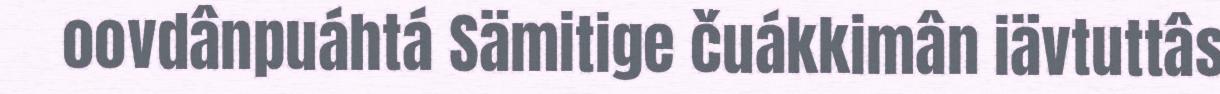
oovdânpuáhtá Sämitige čuákkimân iävtuttâs